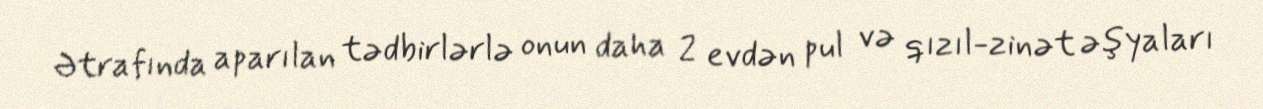
Ətrafında aparılan tədbirlərlə onun daha 2 evdən pul və qızıl-zinət əşyaları